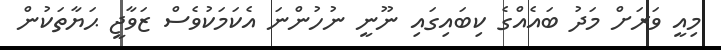
މިއީ ވަރަށް މަދު ބައެއްގެ ކިބައިގައި ނޫނީ ނުހުންނަ އެކަމަކުވެސް ޒަވާޖީ ޙަޔާތަކުން